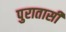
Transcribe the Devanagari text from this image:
पुरातासी